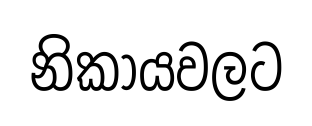
නිකායවලට